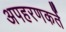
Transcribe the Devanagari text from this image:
अपहरणकर्ते